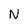
Character: N